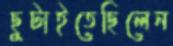
ছুটাইতেছিলেন